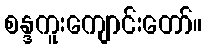
စန္ဒကူးကျောင်းတော်။